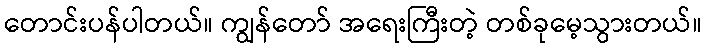
တောင်းပန်ပါတယ်။ ကျွန်တော် အရေးကြီးတဲ့ တစ်ခုမေ့သွားတယ်။